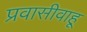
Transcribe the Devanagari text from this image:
प्रवासीवाहू